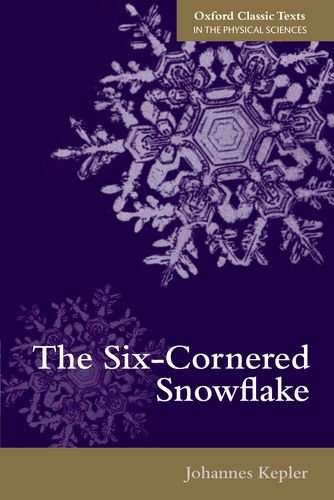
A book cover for The Six-Cornered Snowflake (Oxford Classic Texts in the Physical Sciences); Johannes Kepler; Science & Math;